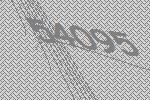
54095